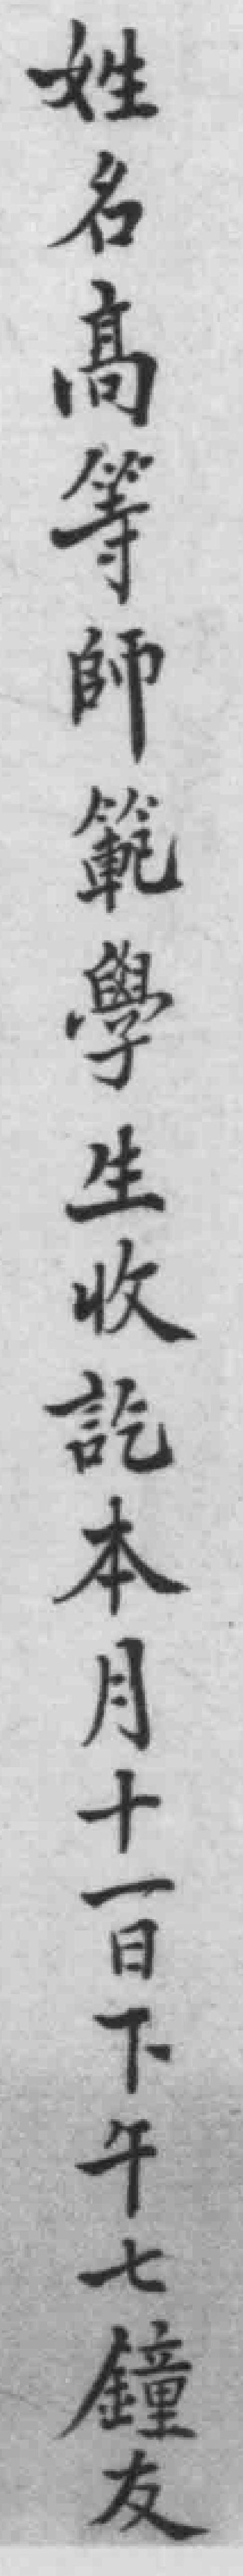
姓名高等師範學生收訖本月十一日下午七鐘友